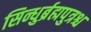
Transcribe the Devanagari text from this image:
सिन्धुर्ब्रह्मपुत्रश्च